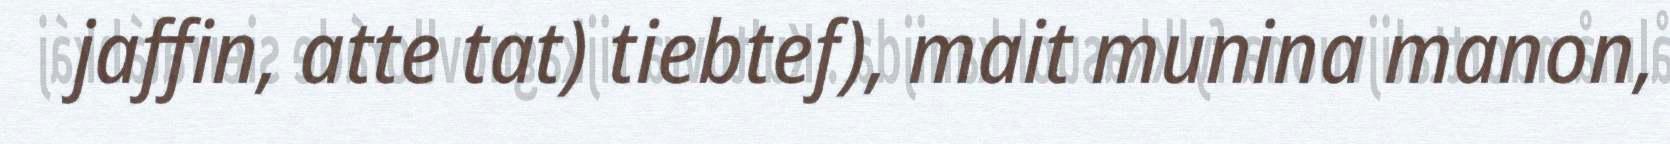
jaffin, atte tat) tiebtef), mait munina manon,